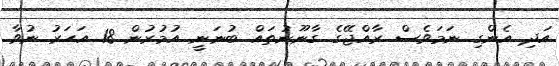
އަދި އެންގި ނަމަވެސް ރާއްޖޭގެ ގާނޫނުތައް ބުނަނީ އުމުރުން 18 އަހަރު ނުވާ